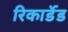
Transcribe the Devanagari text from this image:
रिकार्डेड